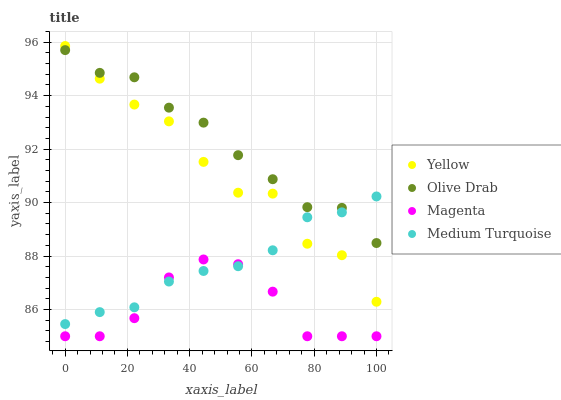
| xaxis_label | Yellow | Olive Drab | Magenta | Medium Turquoise |
 | --- | --- | --- | --- | --- |
 | 0 | 95.9 | 95.7 | 85 | 85.5 |
 | 11.1 | 94.6 | 94.9 | 85 | 85.9 |
 | 22.2 | 93.7 | 94.7 | 85.7 | 86.1 |
 | 33.3 | 93 | 93.6 | 87.2 | 87 |
 | 44.4 | 91.5 | 93 | 87.9 | 87.4 |
 | 55.6 | 90.4 | 91.8 | 87.7 | 87.6 |
 | 66.7 | 90.3 | 90.9 | 86.7 | 88.2 |
 | 77.8 | 88.5 | 89.8 | 85 | 89.5 |
 | 88.9 | 88 | 89.8 | 85 | 89.6 |
 | 100 | 86.3 | 88.5 | 85 | 90.2 |